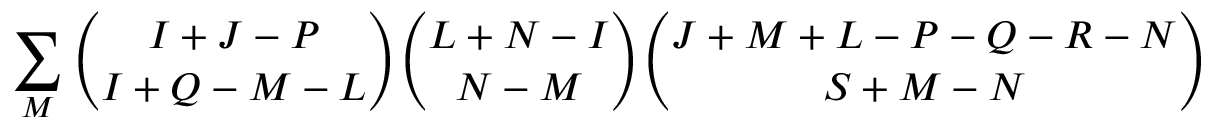
\sum _ { M } { \binom { I + J - P } { I + Q - M - L } } { \binom { L + N - I } { N - M } } { \binom { J + M + L - P - Q - R - N } { S + M - N } }